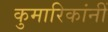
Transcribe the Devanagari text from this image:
कुमारिकांनीं